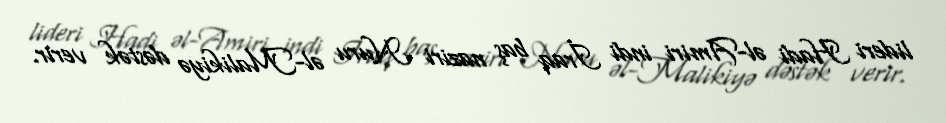
lideri Hadi əl-Amiri indi İraq baş naziri Nuru əl-Malikiyə dəstək verir.